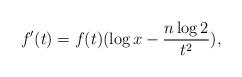
LaTeX: \begin{align*}f'(t) = f(t) (\log x - \frac{n \log 2}{t^2}),\end{align*}